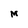
Character: M